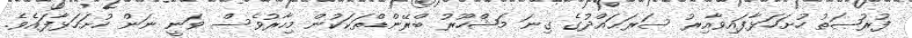
ފުރުޞަތު ހުށަހަޅާފައިވާއިރު ސަރަޙައްދުގެ ގިނަ މަޝްހޫރު ބްރޭންޑްތަކަކުން މިހާރުވެސް ވަނީ ނަން ހުށަހަޅާފައެވެ.